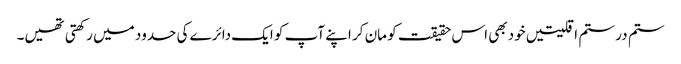
ستم در ستم اقلیتیں خود بھی اس حقیقت کو مان کر اپنے آپ کو ایک دائرے کی حدود میں رکھتی تھیں۔